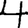
Digit: 4